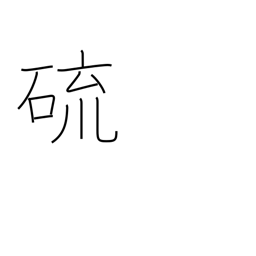
Meaning: sulphur